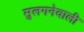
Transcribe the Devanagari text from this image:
सुलगनेवाली